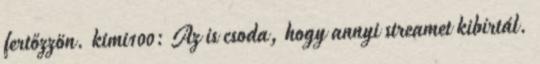
fertőzzön. kimi100: Az is csoda, hogy annyi streamet kibírtál.